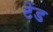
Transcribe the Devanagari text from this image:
टेंड